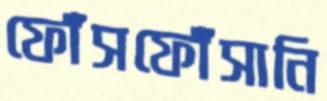
ফোঁসফোঁসানি